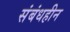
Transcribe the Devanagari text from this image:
संबंधहीन